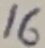
Text: 16